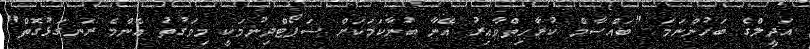
އަދީލްގެ ބަހުންނަމަ "ބައްސާމް ކުރާހިތްވާއިރު އޭނާ ބުނާކަމަކަށް ސަޕޯޓްދިނުމަކީ މިވަގުތު އެންމެ ރަނގަޅުގޮތް"